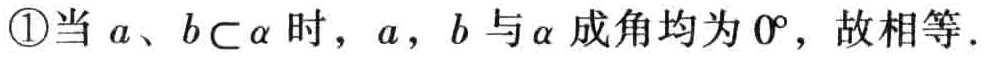
\textcircled{1}当 \(a、b\subset \alpha\) 时，\(a\)，\(b\) 与 \(\alpha\) 成角均为 \(0^{\circ}\)，故相等.